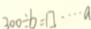
3 0 0 \div b = \square \cdots a